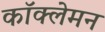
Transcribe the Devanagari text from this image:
कॉक्लेमन